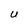
Character: r